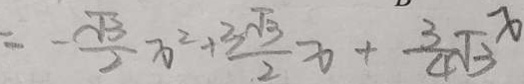
= - \frac { \sqrt { 3 } } { 2 } x ^ { 2 } + \frac { 3 \sqrt { 3 } } { 2 } x + \frac { 3 } { 4 } \sqrt { 3 } x